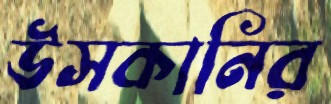
উসকানির